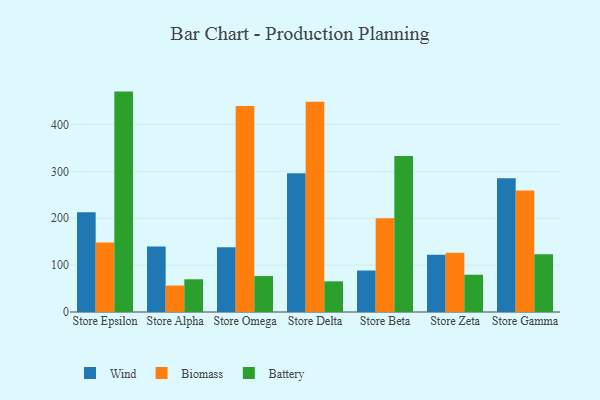
{"axis": {"x": "Store", "y": "Energy Usage (MWh)"}, "legend": ["Battery", "Biomass", "Wind"], "data": [{"x": "Store Epsilon", "y": 212.9, "type": "Wind"}, {"x": "Store Epsilon", "y": 148.1, "type": "Biomass"}, {"x": "Store Epsilon", "y": 470.2, "type": "Battery"}, {"x": "Store Alpha", "y": 139.9, "type": "Wind"}, {"x": "Store Alpha", "y": 56.5, "type": "Biomass"}, {"x": "Store Alpha", "y": 69.8, "type": "Battery"}, {"x": "Store Omega", "y": 138.4, "type": "Wind"}, {"x": "Store Omega", "y": 439.7, "type": "Biomass"}, {"x": "Store Omega", "y": 76.6, "type": "Battery"}, {"x": "Store Delta", "y": 296.0, "type": "Wind"}, {"x": "Store Delta", "y": 448.5, "type": "Biomass"}, {"x": "Store Delta", "y": 65.4, "type": "Battery"}, {"x": "Store Beta", "y": 88.5, "type": "Wind"}, {"x": "Store Beta", "y": 200.2, "type": "Biomass"}, {"x": "Store Beta", "y": 333.0, "type": "Battery"}, {"x": "Store Zeta", "y": 122.2, "type": "Wind"}, {"x": "Store Zeta", "y": 126.3, "type": "Biomass"}, {"x": "Store Zeta", "y": 79.5, "type": "Battery"}, {"x": "Store Gamma", "y": 285.4, "type": "Wind"}, {"x": "Store Gamma", "y": 259.1, "type": "Biomass"}, {"x": "Store Gamma", "y": 123.1, "type": "Battery"}]}